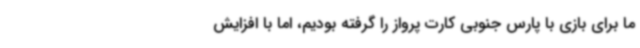
ما برای بازی با پارس جنوبی کارت پرواز را گرفته بودیم، اما با افزایش